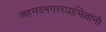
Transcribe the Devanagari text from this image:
अहमदनगरच्याभिल्लांनी